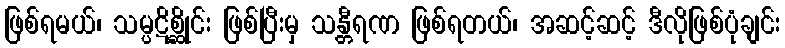
ဖြစ်ရမယ်၊ သမ္ပဋိစ္ဆိုင်း ဖြစ်ပြီးမှ သန္တီရဏ ဖြစ်ရတယ်၊ အဆင့်ဆင့် ဒီလိုဖြစ်ပုံချင်း